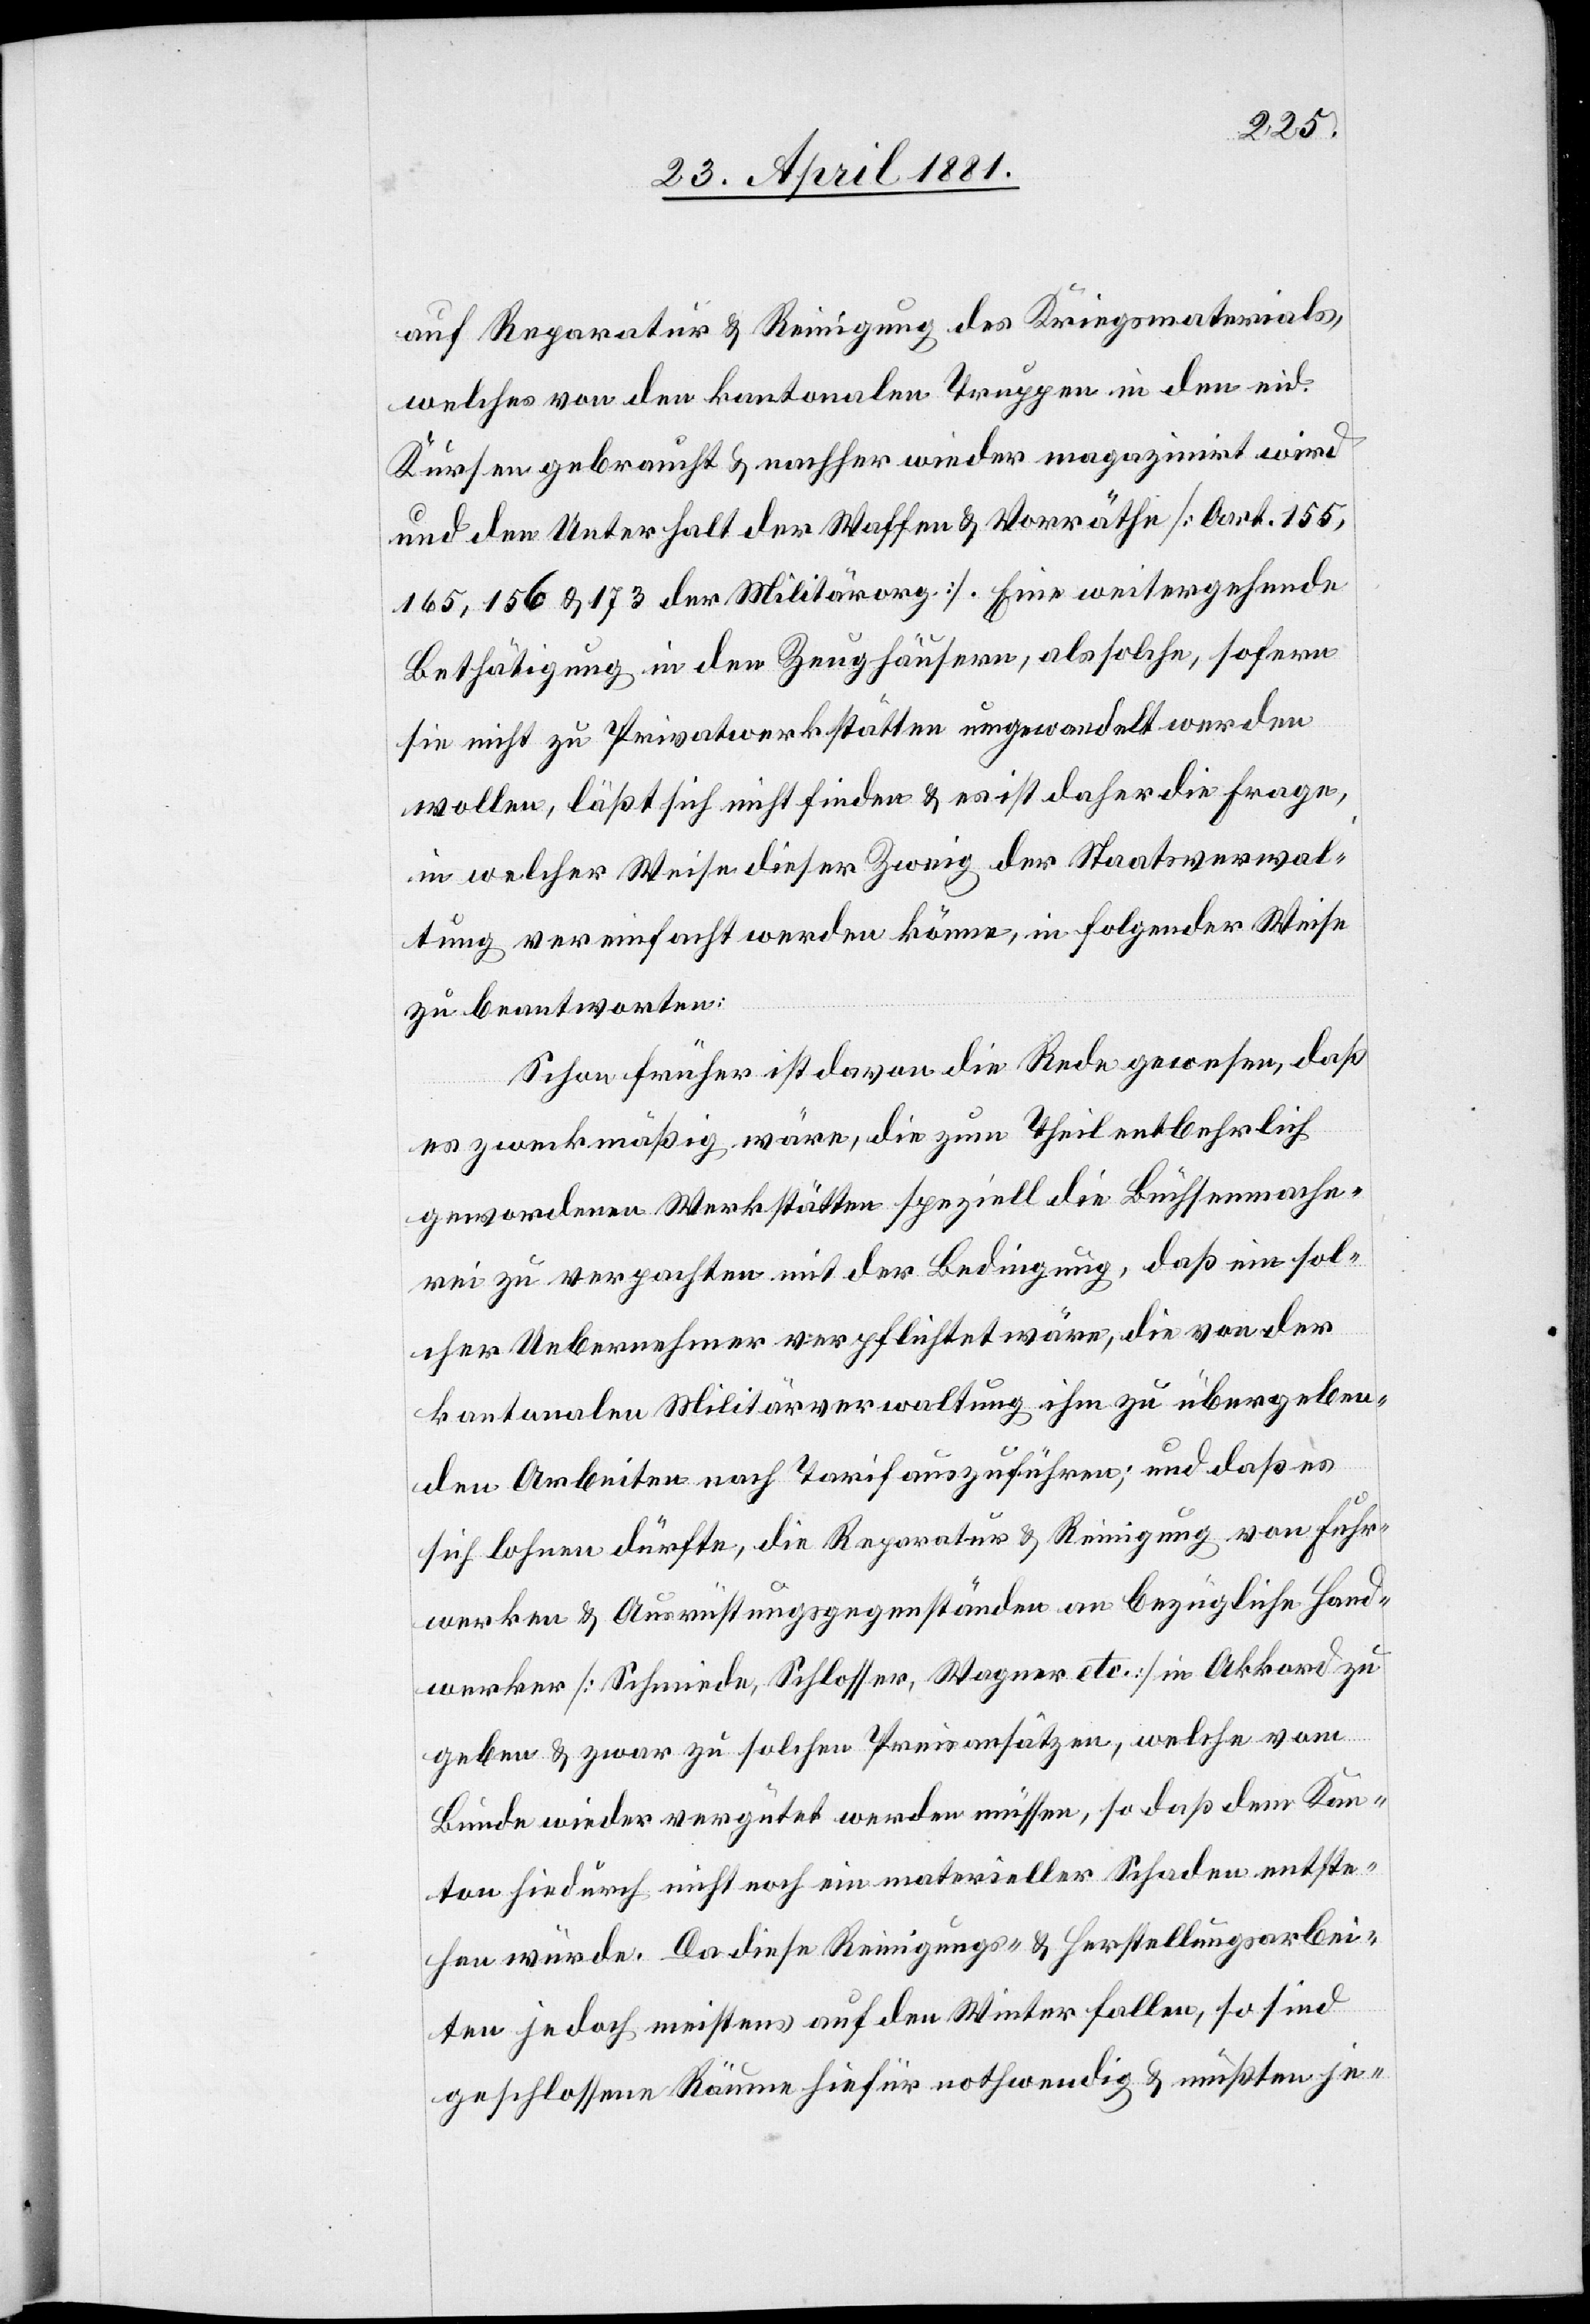
auf Reparatur & Reinigung des Kriegsmaterials,
welches von den kantonalen Truppen in den eid.
Kursen gebraucht & nachher wieder magazinirt wird
und den Unterhalt der Waffen und Vorräthe [Art. 155,
165, 156 & 173 der Militärorg.]. Eine weitergehende
Bethätigung in den Zeughäusern, als solche, sofern
sie nicht zu Privatwerkstätten umgewandelt werden
wollen, läßt sich nicht finden & es ist daher die Frage
in welcher Weise dieser Zweig der Staatsverwal¬
tung vereinfacht werden könne, in folgender Weise
zu beantworten:
Schon früher ist davon die Rede gewesen, daß
es zweckmäßig wäre, die zum Theil entbehrlich
gewordenen Werkstätten speziell die Büchsenmache¬
rei zu verpachten mit der Bedingung, daß ein sol¬
cher Uebernehmer verpflichtet wäre, die von der
kantonalen Militärverwaltung ihm zu übergeben¬
den Arbeiten nach Tarif auszuführen; und daß es
sich lohnen dürfte, die Reparatur & Reinigung von Fuhr¬
werken & Ausrüstungsgegenständen an bezügliche Hand¬
werker [Schmiede, Schlosser, Wagner etc.] in Akkord zu
geben & zwar zu solchen Preissätzen, welche vom
Bunde wieder vergütet werden müssen, so daß dem Kan¬
ton hiedurch nicht noch ein materieller Schaden entste¬
hen würde. Da diese Reinigungs- & Herstellungsarbei¬
ten jedoch meistens auf den Winter fallen, so sind
geschloßene Räume hiefür nothwendig & müßten je-